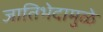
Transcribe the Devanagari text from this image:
जातिभेदामुळे